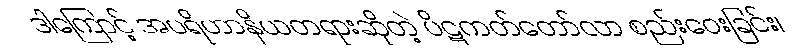
ဒါကြောင့် အပရိဟာနိယတရားဆိုတဲ့ ပိဋကတ်တော်လာ စည်းဝေးခြင်း၊